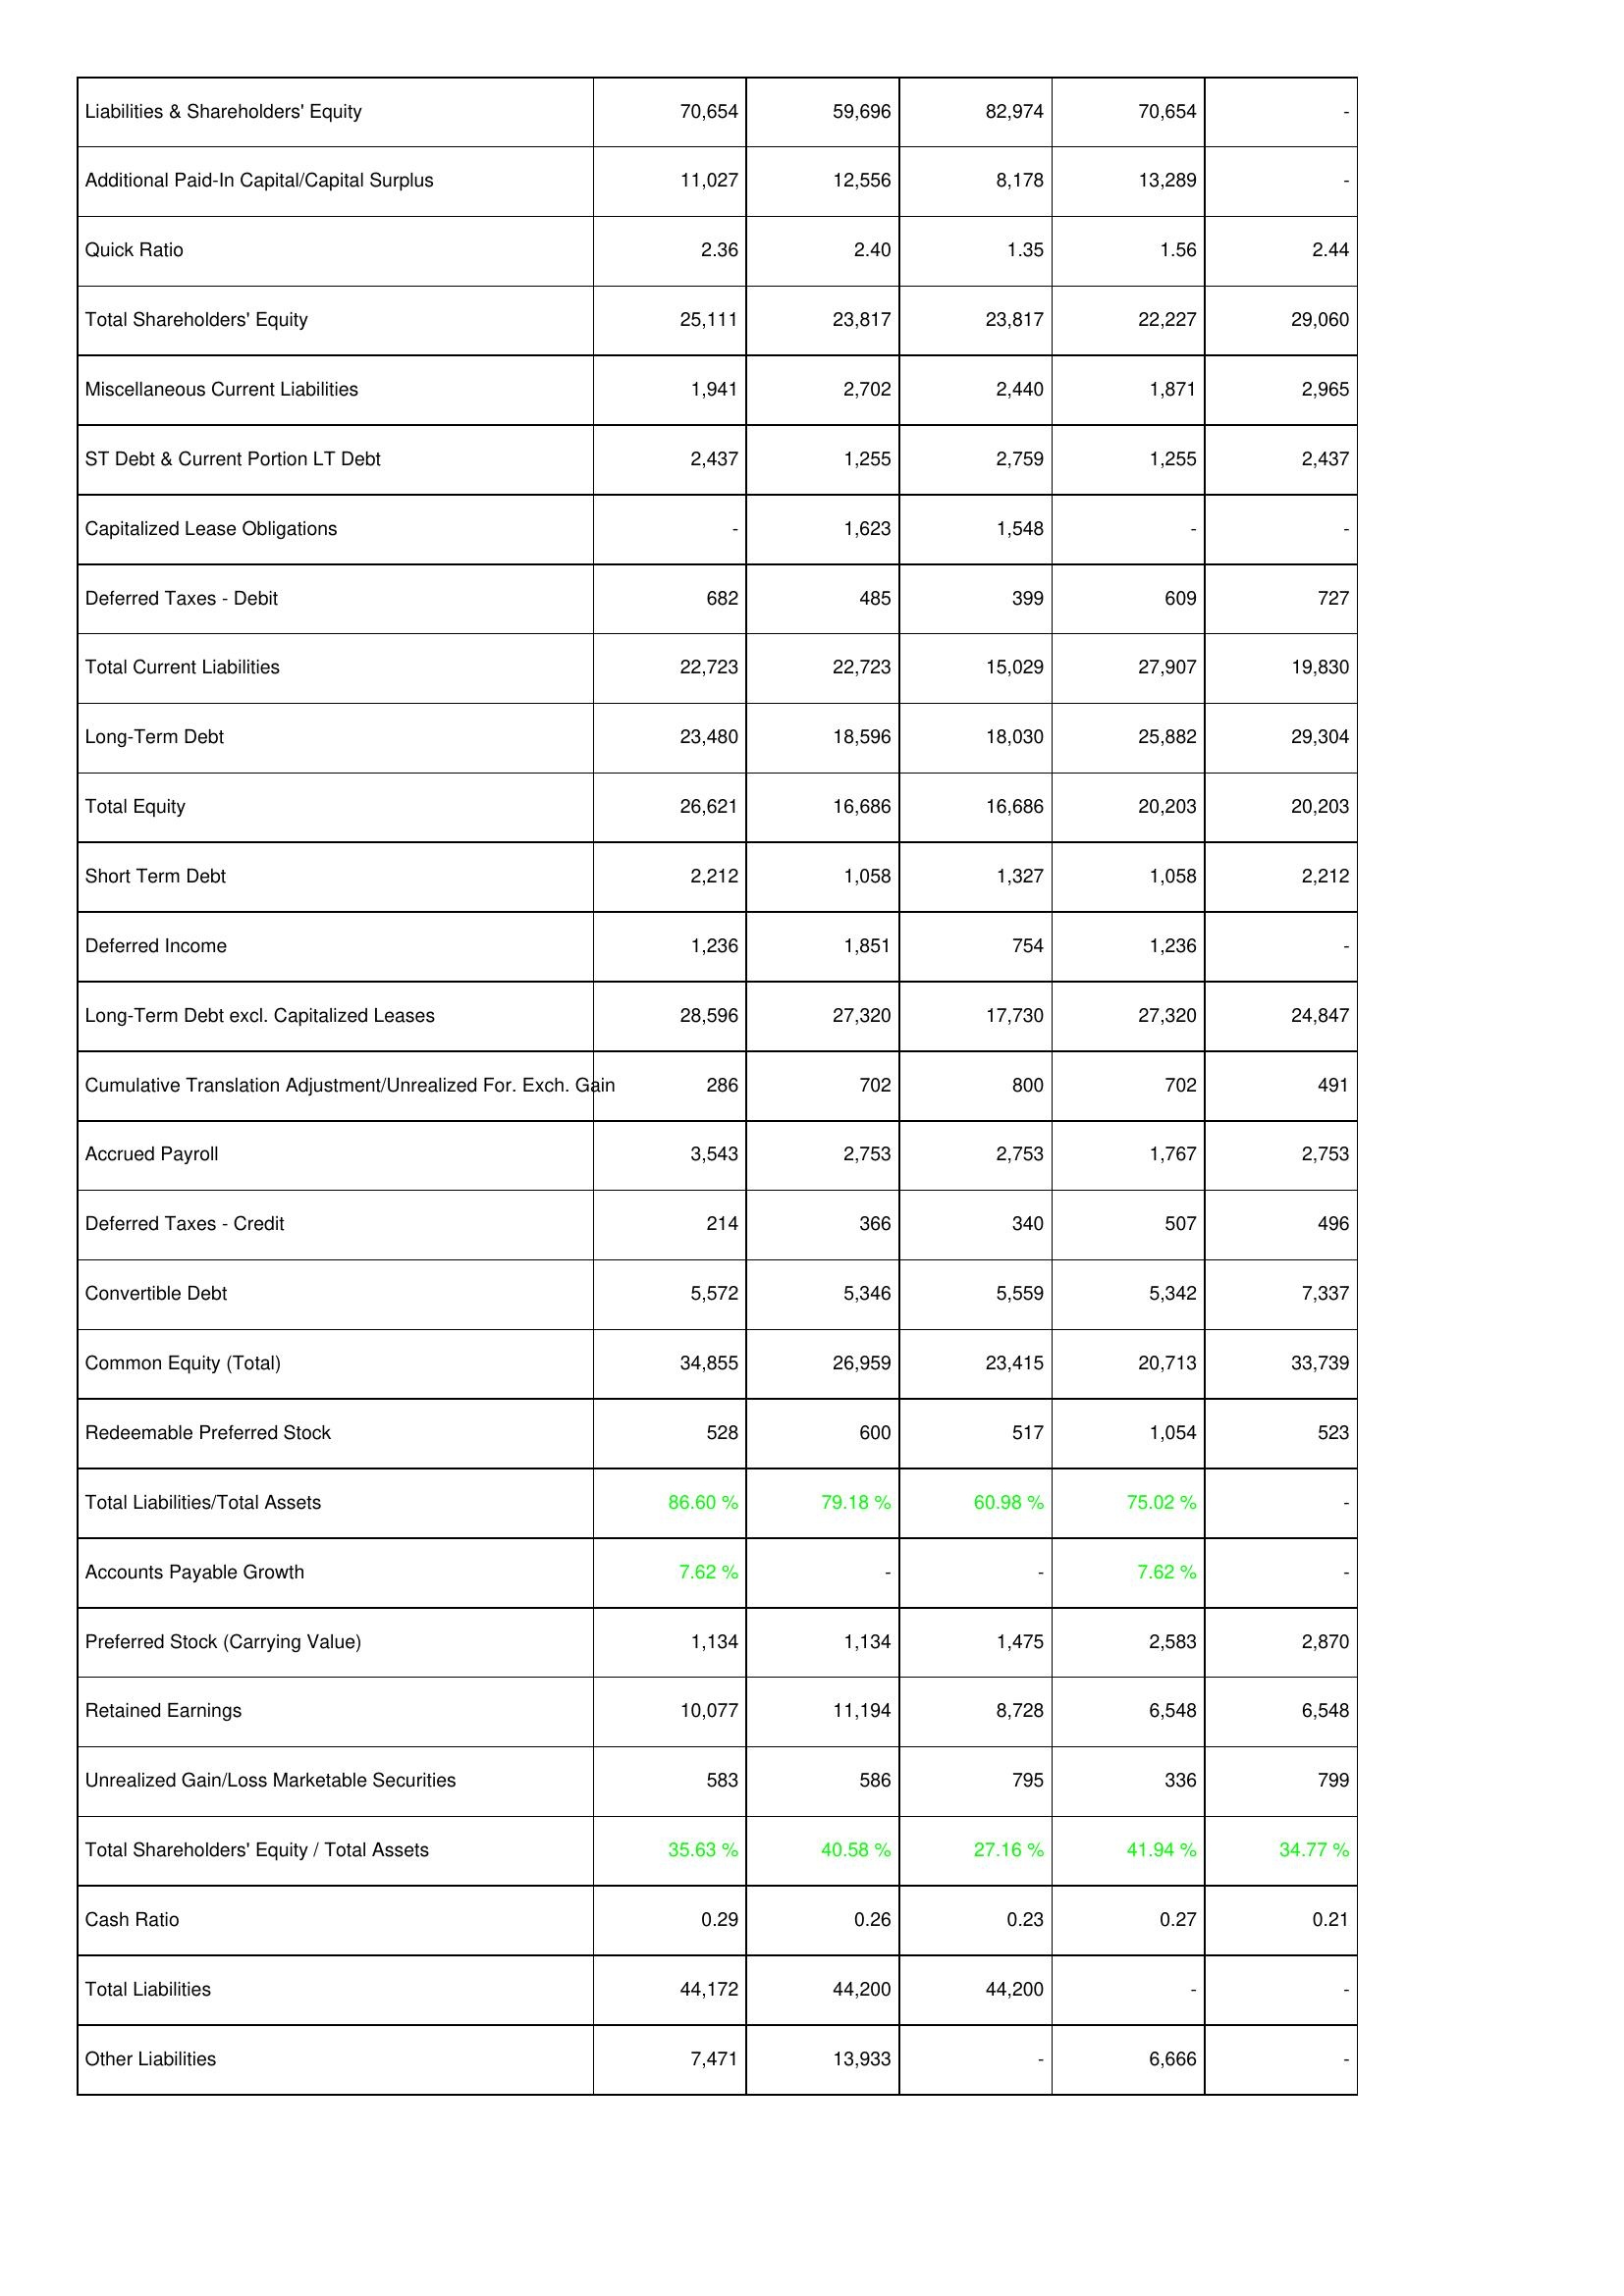
2018: Liabilities & Shareholders' Equity: Liabilities & Shareholders' Equity: 70,654
Additional Paid-In Capital/Capital Surplus: 11,027
Quick Ratio: 2.36
Total Shareholders' Equity: 25,111
Miscellaneous Current Liabilities: 1,941
ST Debt & Current Portion LT Debt: 2,437
Capitalized Lease Obligations: -
Deferred Taxes - Debit: 682
Total Current Liabilities: 22,723
Long-Term Debt: 23,480
Total Equity: 26,621
Short Term Debt: 2,212
Deferred Income: 1,236
Long-Term Debt excl. Capitalized Leases: 28,596
Cumulative Translation Adjustment/Unrealized For. Exch. Gain: 286
Accrued Payroll: 3,543
Deferred Taxes - Credit: 214
Convertible Debt: 5,572
Common Equity (Total): 34,855
Redeemable Preferred Stock: 528
Total Liabilities/Total Assets: 86.60 %
Accounts Payable Growth: 7.62 %
Preferred Stock (Carrying Value): 1,134
Retained Earnings: 10,077
Unrealized Gain/Loss Marketable Securities: 583
Total Shareholders' Equity / Total Assets: 35.63 %
Cash Ratio: 0.29
Total Liabilities: 44,172
Other Liabilities: 7,471
2017: Liabilities & Shareholders' Equity: Liabilities & Shareholders' Equity: 59,696
Additional Paid-In Capital/Capital Surplus: 12,556
Quick Ratio: 2.40
Total Shareholders' Equity: 23,817
Miscellaneous Current Liabilities: 2,702
ST Debt & Current Portion LT Debt: 1,255
Capitalized Lease Obligations: 1,623
Deferred Taxes - Debit: 485
Total Current Liabilities: 22,723
Long-Term Debt: 18,596
Total Equity: 16,686
Short Term Debt: 1,058
Deferred Income: 1,851
Long-Term Debt excl. Capitalized Leases: 27,320
Cumulative Translation Adjustment/Unrealized For. Exch. Gain: 702
Accrued Payroll: 2,753
Deferred Taxes - Credit: 366
Convertible Debt: 5,346
Common Equity (Total): 26,959
Redeemable Preferred Stock: 600
Total Liabilities/Total Assets: 79.18 %
Accounts Payable Growth: -
Preferred Stock (Carrying Value): 1,134
Retained Earnings: 11,194
Unrealized Gain/Loss Marketable Securities: 586
Total Shareholders' Equity / Total Assets: 40.58 %
Cash Ratio: 0.26
Total Liabilities: 44,200
Other Liabilities: 13,933
2016: Liabilities & Shareholders' Equity: Liabilities & Shareholders' Equity: 82,974
Additional Paid-In Capital/Capital Surplus: 8,178
Quick Ratio: 1.35
Total Shareholders' Equity: 23,817
Miscellaneous Current Liabilities: 2,440
ST Debt & Current Portion LT Debt: 2,759
Capitalized Lease Obligations: 1,548
Deferred Taxes - Debit: 399
Total Current Liabilities: 15,029
Long-Term Debt: 18,030
Total Equity: 16,686
Short Term Debt: 1,327
Deferred Income: 754
Long-Term Debt excl. Capitalized Leases: 17,730
Cumulative Translation Adjustment/Unrealized For. Exch. Gain: 800
Accrued Payroll: 2,753
Deferred Taxes - Credit: 340
Convertible Debt: 5,559
Common Equity (Total): 23,415
Redeemable Preferred Stock: 517
Total Liabilities/Total Assets: 60.98 %
Accounts Payable Growth: -
Preferred Stock (Carrying Value): 1,475
Retained Earnings: 8,728
Unrealized Gain/Loss Marketable Securities: 795
Total Shareholders' Equity / Total Assets: 27.16 %
Cash Ratio: 0.23
Total Liabilities: 44,200
Other Liabilities: -
2015: Liabilities & Shareholders' Equity: Liabilities & Shareholders' Equity: 70,654
Additional Paid-In Capital/Capital Surplus: 13,289
Quick Ratio: 1.56
Total Shareholders' Equity: 22,227
Miscellaneous Current Liabilities: 1,871
ST Debt & Current Portion LT Debt: 1,255
Capitalized Lease Obligations: -
Deferred Taxes - Debit: 609
Total Current Liabilities: 27,907
Long-Term Debt: 25,882
Total Equity: 20,203
Short Term Debt: 1,058
Deferred Income: 1,236
Long-Term Debt excl. Capitalized Leases: 27,320
Cumulative Translation Adjustment/Unrealized For. Exch. Gain: 702
Accrued Payroll: 1,767
Deferred Taxes - Credit: 507
Convertible Debt: 5,342
Common Equity (Total): 20,713
Redeemable Preferred Stock: 1,054
Total Liabilities/Total Assets: 75.02 %
Accounts Payable Growth: 7.62 %
Preferred Stock (Carrying Value): 2,583
Retained Earnings: 6,548
Unrealized Gain/Loss Marketable Securities: 336
Total Shareholders' Equity / Total Assets: 41.94 %
Cash Ratio: 0.27
Total Liabilities: -
Other Liabilities: 6,666
2014: Liabilities & Shareholders' Equity: Liabilities & Shareholders' Equity: -
Additional Paid-In Capital/Capital Surplus: -
Quick Ratio: 2.44
Total Shareholders' Equity: 29,060
Miscellaneous Current Liabilities: 2,965
ST Debt & Current Portion LT Debt: 2,437
Capitalized Lease Obligations: -
Deferred Taxes - Debit: 727
Total Current Liabilities: 19,830
Long-Term Debt: 29,304
Total Equity: 20,203
Short Term Debt: 2,212
Deferred Income: -
Long-Term Debt excl. Capitalized Leases: 24,847
Cumulative Translation Adjustment/Unrealized For. Exch. Gain: 491
Accrued Payroll: 2,753
Deferred Taxes - Credit: 496
Convertible Debt: 7,337
Common Equity (Total): 33,739
Redeemable Preferred Stock: 523
Total Liabilities/Total Assets: -
Accounts Payable Growth: -
Preferred Stock (Carrying Value): 2,870
Retained Earnings: 6,548
Unrealized Gain/Loss Marketable Securities: 799
Total Shareholders' Equity / Total Assets: 34.77 %
Cash Ratio: 0.21
Total Liabilities: -
Other Liabilities: -